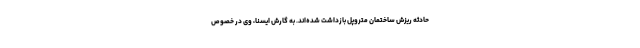
حادثه ریزش ساختمان متروپل بازداشت شده‌اند. به گارش ایسنا، وی در خصوص